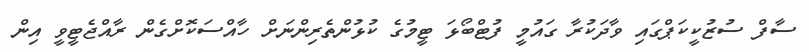
ސާފް ސުޒުކީކަޕްގައި ވާދަކުރާ ގައުމީ ފުޓްބޯޅަ ޓީމުގެ ކުޅުންތެރިންނަށް ހާއްސަކޮށްގެން ރާއްޖެޓީވީ އިން